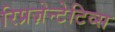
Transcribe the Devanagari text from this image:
रिप्रज़ेन्टेटिव्स